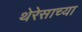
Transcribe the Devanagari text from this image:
थेरेसाच्या